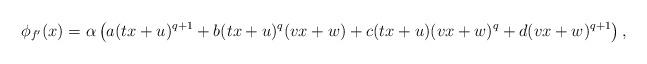
LaTeX: \begin{align*}\phi_{f'}(x) = \alpha \left( a (tx+u)^{q+1} + b (tx+u)^q (vx+w) + c(tx+u) (vx+w)^q + d (vx+w)^{q+1} \right),\end{align*}